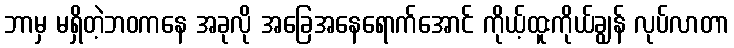
ဘာမှ မရှိတဲ့ဘဝကနေ အခုလို အခြေအနေရောက်အောင် ကိုယ့်ထူးကိုယ်ချွန် လုပ်လာတာ